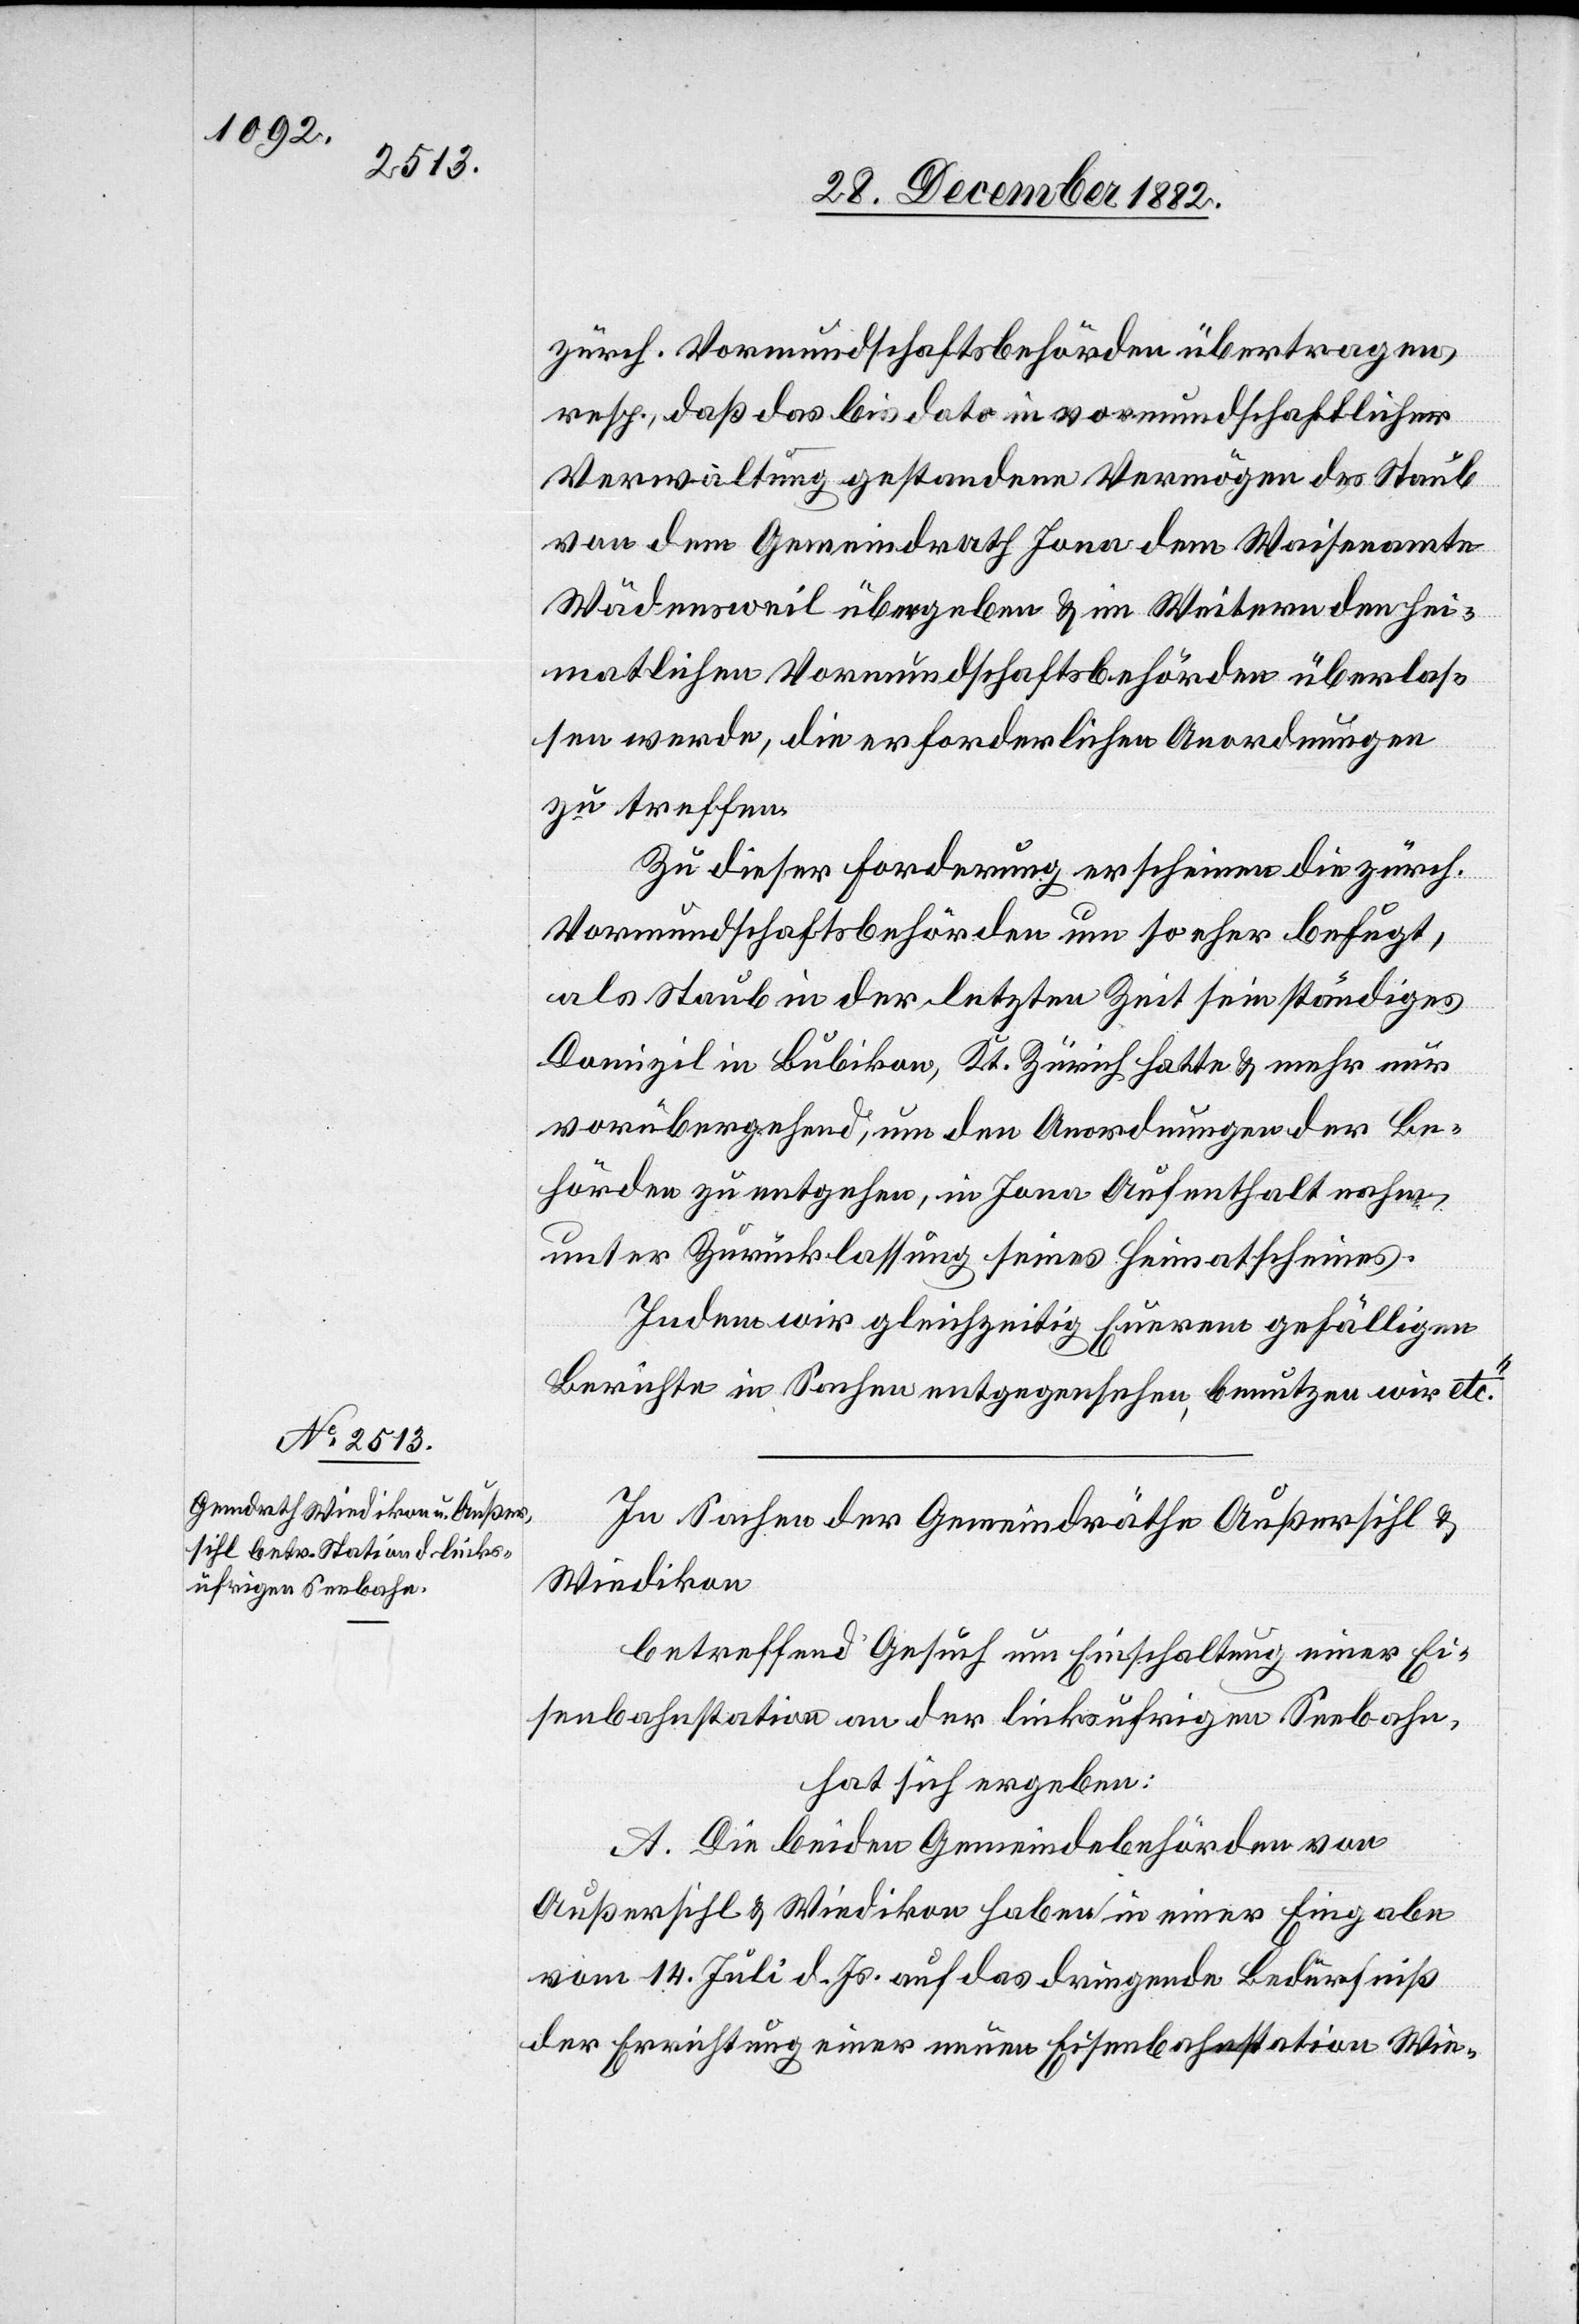
zürch. Vormundschaftsbehörden übertragen,
resp., daß das bis dato in vormundschaftlicher
Verwaltung gestandene Vermögen des Staub
von dem Gemeindrath Jona dem Waisenamte
Wädensweil übergeben & im Weitern den hei¬
matlichen Vormundschaftsbehörden überlas¬
sen werde, die erforderlichen Anordnungen
zu treffen.
Zu dieser Forderung erschienen die zürch.
Vormundschaftsbehörden um so eher befugt,
als Staub in der letzten Zeit sein ständiges
Domizil in Bubikon, Kt. Zürich hatte & mehr nur
vorübergehend, um den Anordnungen der Be¬
hörden zu entgehen, in Jona Aufenthalt nahm,
unter Zurücklassung seines Heimtatscheines.
Indem wir gleichzeitig Euerem gefälligen
Berichte in Sachen entgegensehen, benutzen wir etc.“
In Sachen der Gemeindräthe Außersihl &
Wiedikon
betreffend Gesuch um Einschaltung einer Ei¬
senbahnstation an der linksufrigen Seebahn,
hat sich ergeben:
A. Die beiden Gemeindebehörden von
Außersihl & Wiedikon haben in einer Eingabe
vom 14. Juli d. Js. auf das dringende Bedürfniß
der Errichtung einer neuen Eisenbahnstation Wie-